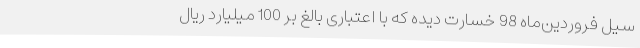
سیل فروردین‌ماه 98 خسارت دیده که با اعتباری بالغ بر 100 میلیارد ریال